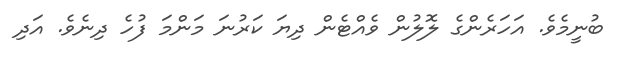
ބުނީމެވެ. އަހަރެންގެ ލޮލުން ވެއްޓެން ދިޔަ ކަރުނަ މަންމަ ފުހެ ދިނެވެ. އަދި